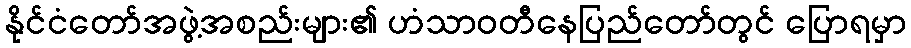
နိုင်ငံတော်အဖွဲ့အစည်းများ၏ ဟံသာဝတီနေပြည်တော်တွင် ပြောရမှာ